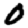
Digit: 0